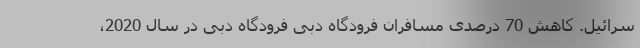
سرائیل. کاهش 70 درصدی مسافران فرودگاه دبی فرودگاه دبی در سال 2020،